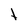
Character: t